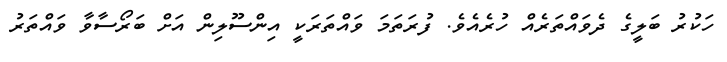
ހަކުރު ބަލީގެ ދެވައްތަރެއް ހުރެއެވެ. ފުރަތަމަ ވައްތަރަކީ އިންސޫލިން އަށް ބަރޯސާވާ ވައްތަރު